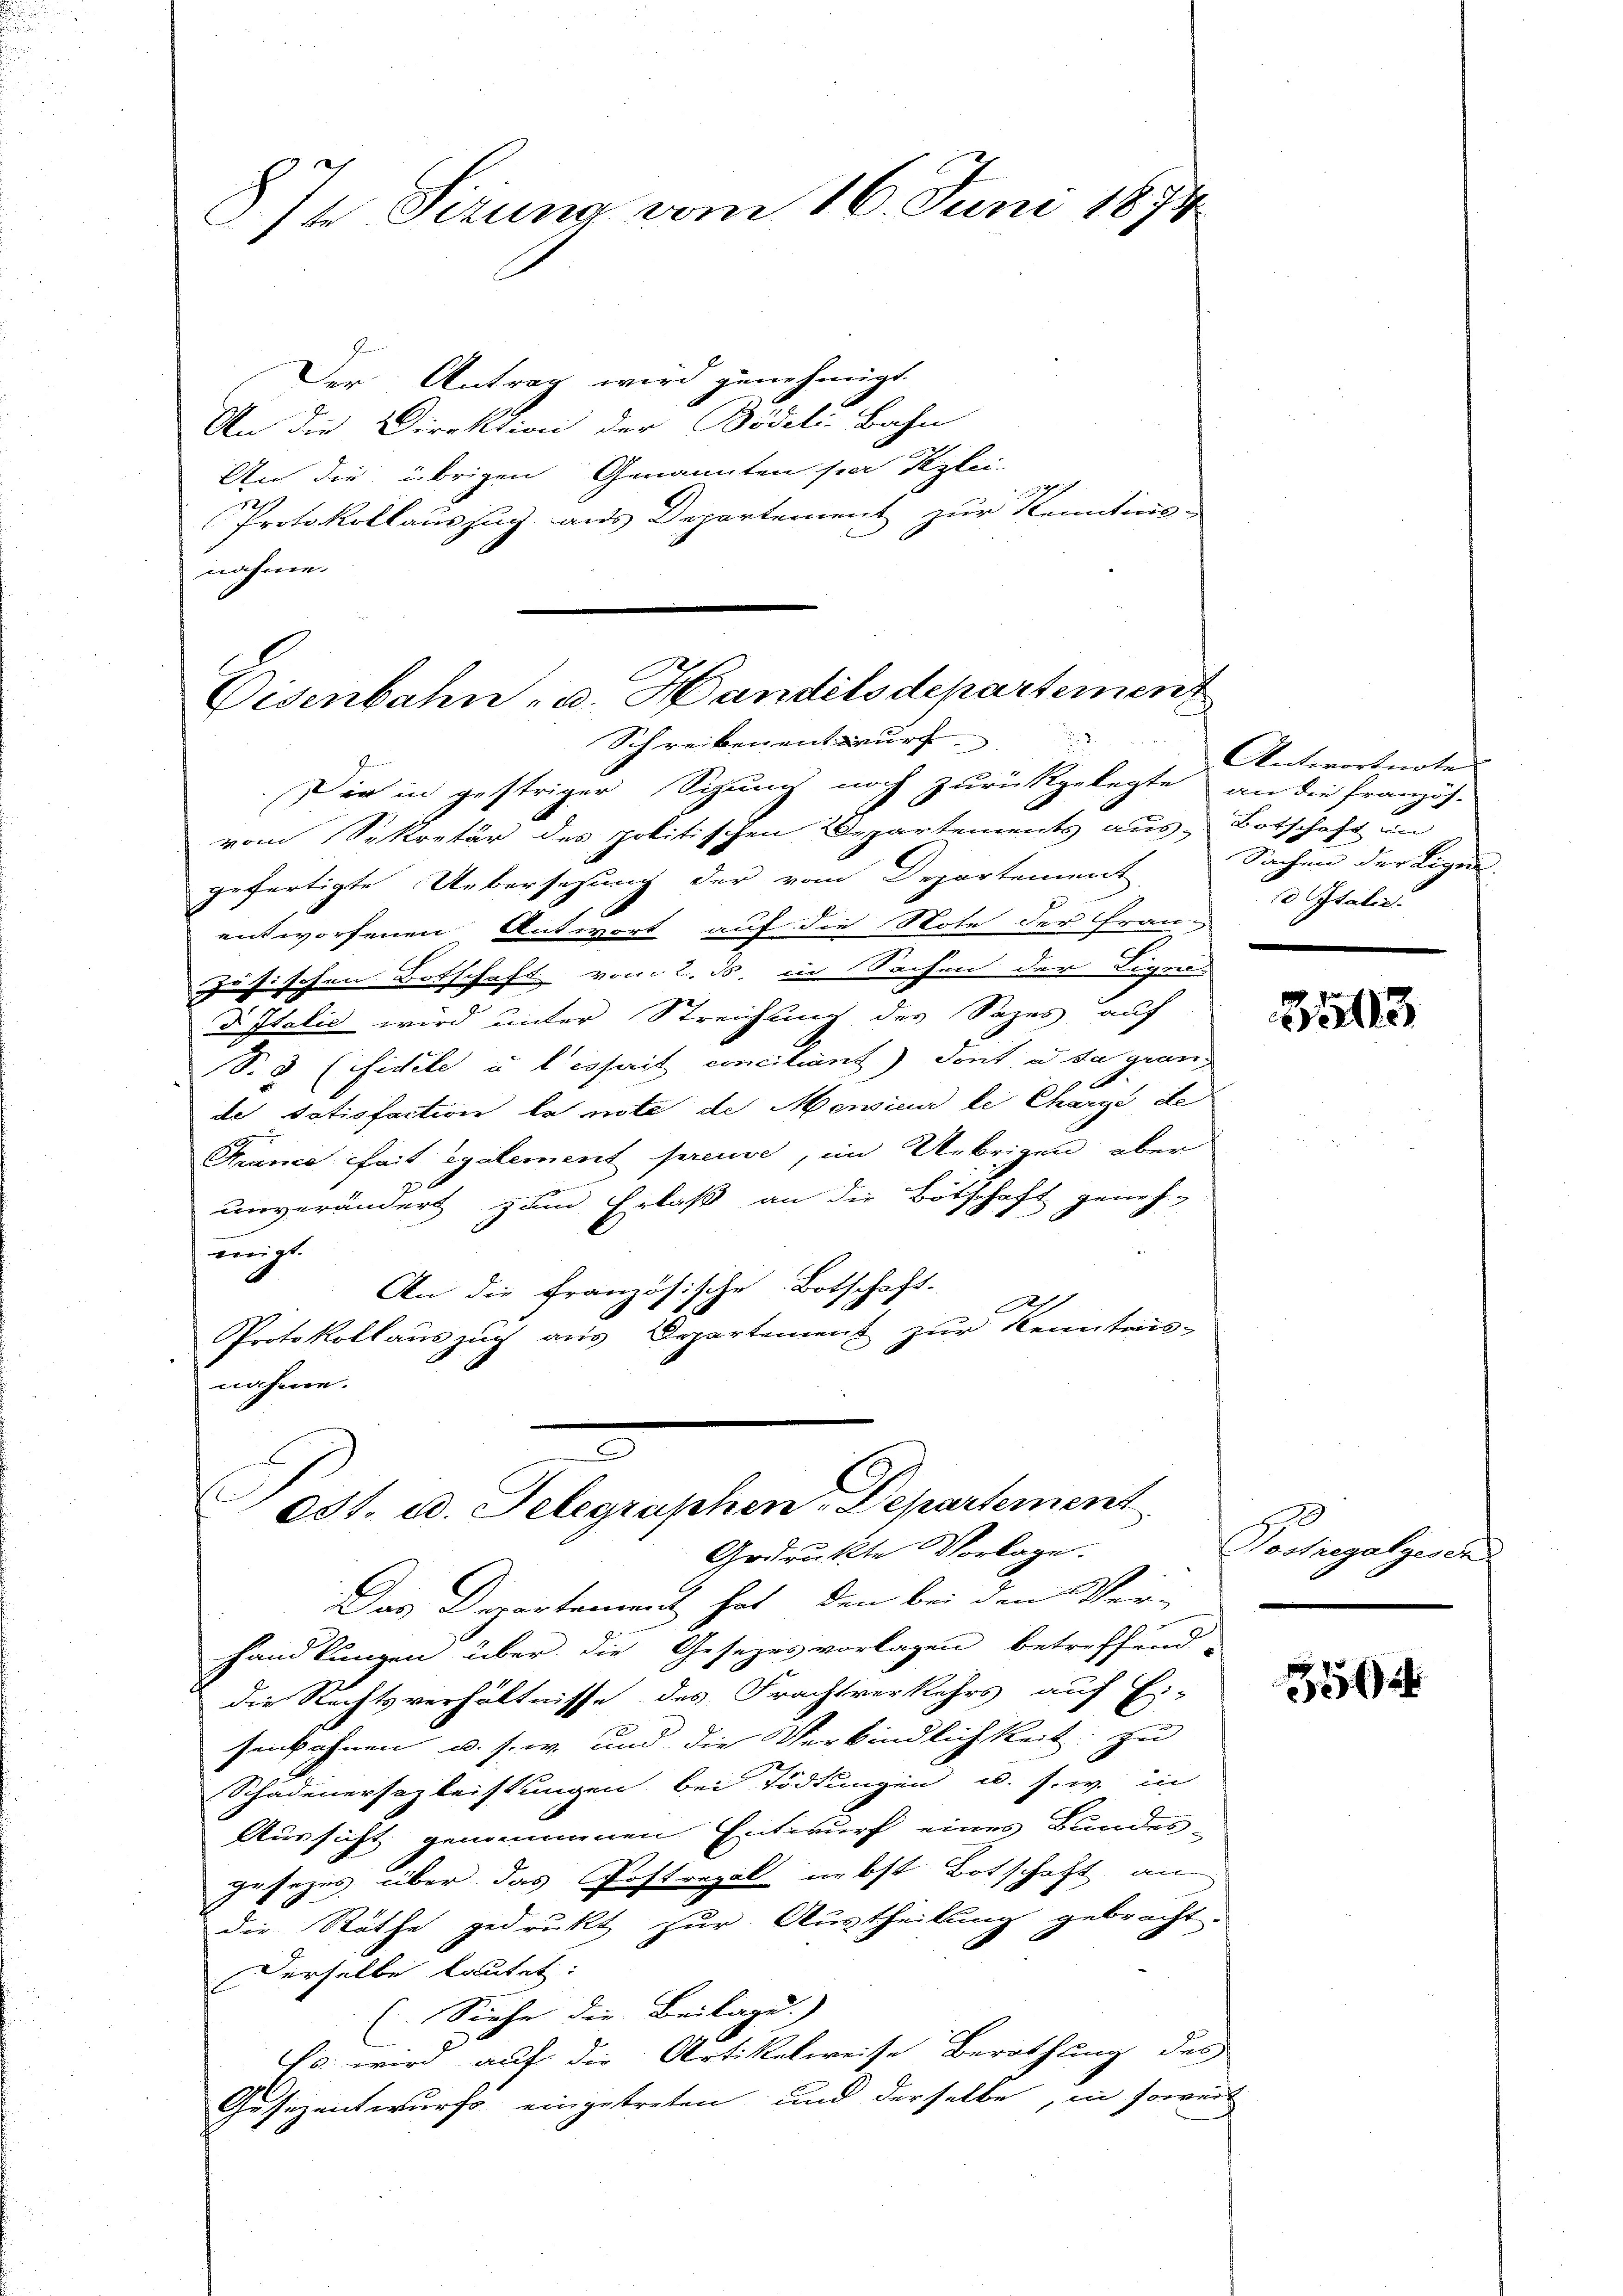
874 Sirung vom 16. Juni 1874

Der Antrag wird genehmigt.
An die Direktion der Bödeli-Bahn
An die übrigen Genannten sie Pazlei-
Protokollauszug aus Departement zur Kenntini-
nahme.

Eisenbahn, u. Handels departement
Schreiben entwurf

Dir in gestriger Sitzung noch zurückgelegte an die französ.
vom Sekretär des politischen Departements aus Botschaft in
gefertigte Uebersezung der vom Departement
entworfenen Antwort auf die Note der Fran¬
Jusischen Botschaft vom 2. ds. in Sachen der Ligen
d Italić wird unter Streichung des Sazes auf
S.3 (Fidele u. lisperit conciliant) dont u sa gran
de Satisfaction la note de Monsieur le Charge de
Krance fait également preuve, im Uebrigen aber
unverändert zum Erlaß an die Botschaft geneh-
eigt.
An die französische Botschaft-
Protokollauszug aus Departement zur Kenntons-
nahme.

Das Departament hat, den bei den Ver-
handlungen über die Gesezesvorlagen betreffend-
die Rechtsverhältnisse des Frachtverkehrs auf Ei-
senbahnen u. s. w. und die Verbindlichkeit: zu
Schadenersezleistungen bei Tödtungen u. s. w. in
Aussicht genommenen Entwurf eines Bundes-
gesezes über das Posterpal nebst Botschaft an
die Räthe gedrukt zur Austheilung gebracht.
Derselbe lautet:
(Siehe die Beilage) |
Fs. wird auf die Artikelweise Berathung des
Gesezentwurfs eingetreten und derselbe, in soweit

D
s
e3t. ad. Telegraphen Departement
Gedruckte Vorlage.

Antwortnote
Sachen der Ligen.
 Itali
.
e

2503

H
Sostregalgesen

356